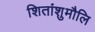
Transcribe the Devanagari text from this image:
शितांशुमौलि